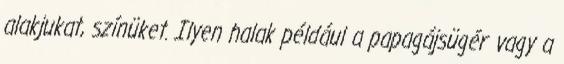
alakjukat, színüket. Ilyen halak például a papagájsügér vagy a